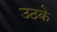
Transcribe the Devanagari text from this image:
उठके